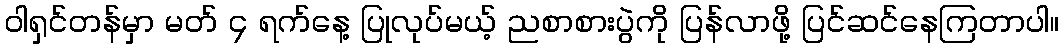
ဝါရှင်တန်မှာ မတ် ၄ ရက်နေ့ ပြုလုပ်မယ့် ညစာစားပွဲကို ပြန်လာဖို့ ပြင်ဆင်နေကြတာပါ။